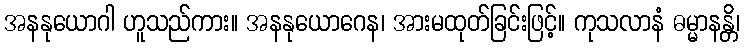
အနနုယောဂါ ဟူသည်ကား။ အနနုယောဂေန၊ အားမထုတ်ခြင်းဖြင့်။ ကုသလာနံ ဓမ္မာနန္တိ၊